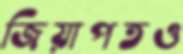
জিয়াপতও